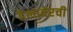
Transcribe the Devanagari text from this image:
डेलावेरची